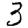
Digit: 3